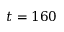
t = 1 6 0